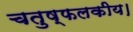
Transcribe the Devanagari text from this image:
चतुष्फलकीय।